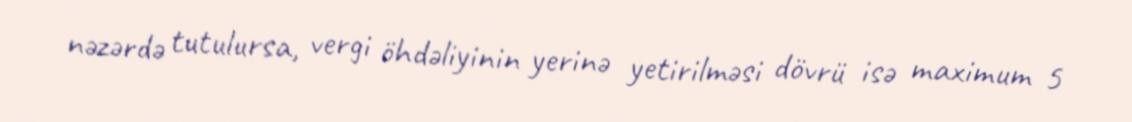
nəzərdə tutulursa, vergi öhdəliyinin yerinə yetirilməsi dövrü isə maximum 5